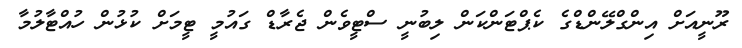
ރޫނީއަށް އިންގްލޭންޑްގެ ކެޕްޓަންކަން ލިބުނީ ސްޓީވެން ޖެރާޑް ގައުމީ ޓީމަށް ކުޅުން ހުއްޓާލުމާ